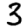
Digit: 3